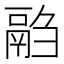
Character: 𱆍